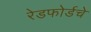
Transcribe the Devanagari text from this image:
रेडफोर्डचे